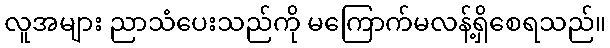
လူအများ ညာသံပေးသည်ကို မကြောက်မလန့်ရှိစေရသည်။